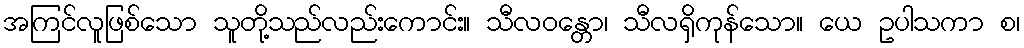
အကြင်လူဖြစ်သော သူတို့သည်လည်းကောင်း။ သီလဝန္တော၊ သီလရှိကုန်သော။ ယေ ဥပါသကာ စ၊